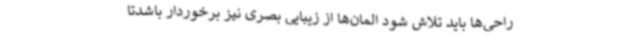
راحی‌ها باید تلاش شود المان‌ها از زیبایی بصری نیز برخوردار باشدتا